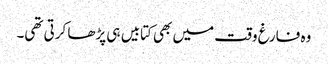
وہ فارغ وقت میں بھی کتابیں ہی پڑھا کرتی تھی۔